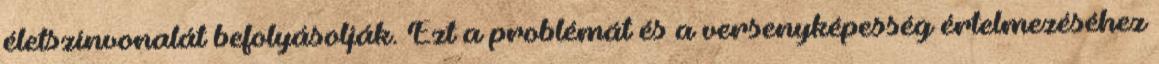
életszínvonalát befolyásolják. Ezt a problémát és a versenyképesség értelmezéséhez